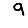
Digit: 9